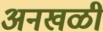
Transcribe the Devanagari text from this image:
अनखळी